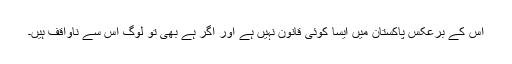
اس کے برعکس پاکستان میں ایسا کوئی قانون نہیں ہے اور اگر ہے بھی تو لوگ اس سے ناواقف ہیں۔